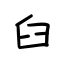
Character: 臼